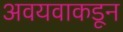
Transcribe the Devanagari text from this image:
अवयवाकडून